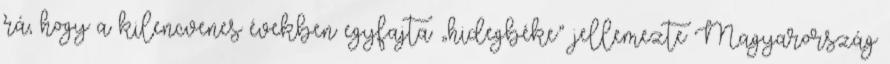
rá, hogy a kilencvenes években egyfajta „hidegbéke” jellemezte Magyarország